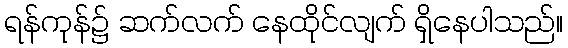
ရန်ကုန်၌ ဆက်လက် နေထိုင်လျက် ရှိနေပါသည်။